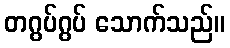
တဂွပ်ဂွပ် သောက်သည်။